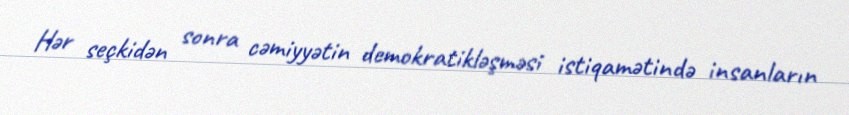
Hər seçkidən sonra cəmiyyətin demokratikləşməsi istiqamətində insanların